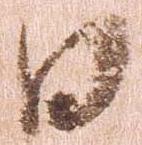
日